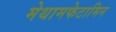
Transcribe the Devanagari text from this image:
मेथामफेटामिन